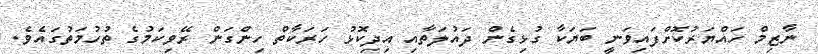
ނާޒިމް ހައްޔަރުކޮށްފައިވަނީ ބަޔަކާ ގުޅިގެން ދައުލަތާއި އިދިކޮޅު ހަރަކާތް ހިންގަން ރޭވިކަމުގެ ތުހުމަތުގައެވެ.